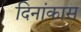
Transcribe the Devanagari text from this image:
दिनांकास